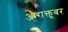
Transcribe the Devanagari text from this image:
औराक्तूबर